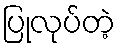
ပြုလုပ်တဲ့